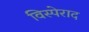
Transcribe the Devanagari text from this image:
विस्पेराद